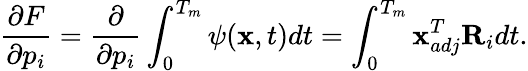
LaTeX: \frac{\partial F}{\partial p_{i}}=\frac{\partial}{\partial p_{i}}\int_{0}^{T_{m}}\psi(\textbf{x},t)dt=\int_{0}^{T_{m}}\textbf{x}_{adj}^{T}\textbf{R}_{i}dt.